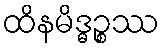
ထိနမိဒ္ဓဉ္စဿ